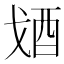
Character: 𨟶